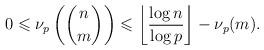
LaTeX: \begin{align*}0\leqslant \nu_p\left( \binom{n}{m}\right) \leqslant \left\lfloor\frac{\log n}{\log p}\right\rfloor-\nu_p(m).\end{align*}